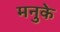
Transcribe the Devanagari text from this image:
मनुके